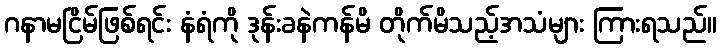
ဂနာမငြိမ်ဖြစ်ရင်း နံရံကို ဒုန်းခနဲကန်မိ တိုက်မိသည့်အသံများ ကြားရသည်။